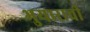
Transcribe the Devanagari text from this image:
भुयाराची